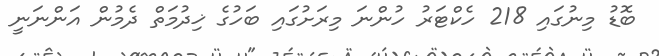
ބޮޑު މިނުގައި 218 ހެކްޓަރު ހުންނަ މިރަށުގައި ބަހުގެ ޚިދުމަތް ދެމުން އަންނަނީ